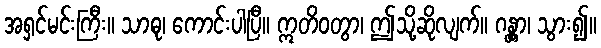
အရှင်မင်းကြီး။ သာဓု၊ ကောင်းပါပြီ။ ဣတိဝတွာ၊ ဤသို့ဆိုလျက်။ ဂန္တွာ၊ သွား၍။